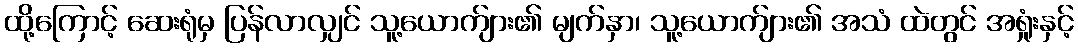
ထို့ကြောင့် ဆေးရုံမှ ပြန်လာလျှင် သူ့ယောက်ျား၏ မျက်နှာ၊ သူ့ယောက်ျား၏ အသံ ထဲတွင် အရှုံးနှင့်